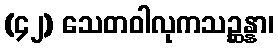
(၄၂) သေတဝါလုကသဉ္ဆန္နာ၊